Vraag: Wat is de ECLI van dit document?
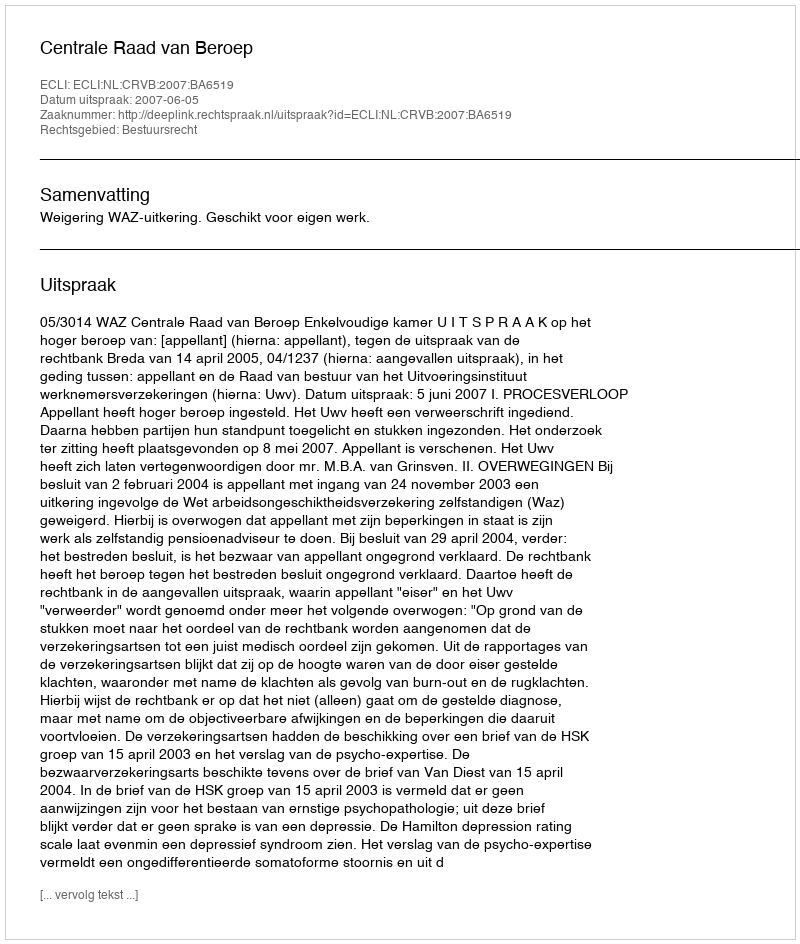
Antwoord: ECLI:NL:CRVB:2007:BA6519